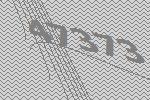
47373